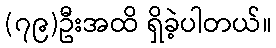
(၇၉)ဦးအထိ ရှိခဲ့ပါတယ်။